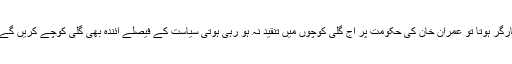
سوشل میڈیا اتنا کارگر ہوتا تو عمران خان کی حکومت پر آج گلی کوچوں میں تنقید نہ ہو رہی ہوتی سیاست کے فیصلے آئندہ بھی گلی کوچے کریں گے سوشل میڈیا نہیں۔